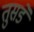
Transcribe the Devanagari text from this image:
तुसडे